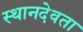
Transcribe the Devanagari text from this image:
स्थानदेवता